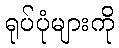
ရုပ်ပုံများကို